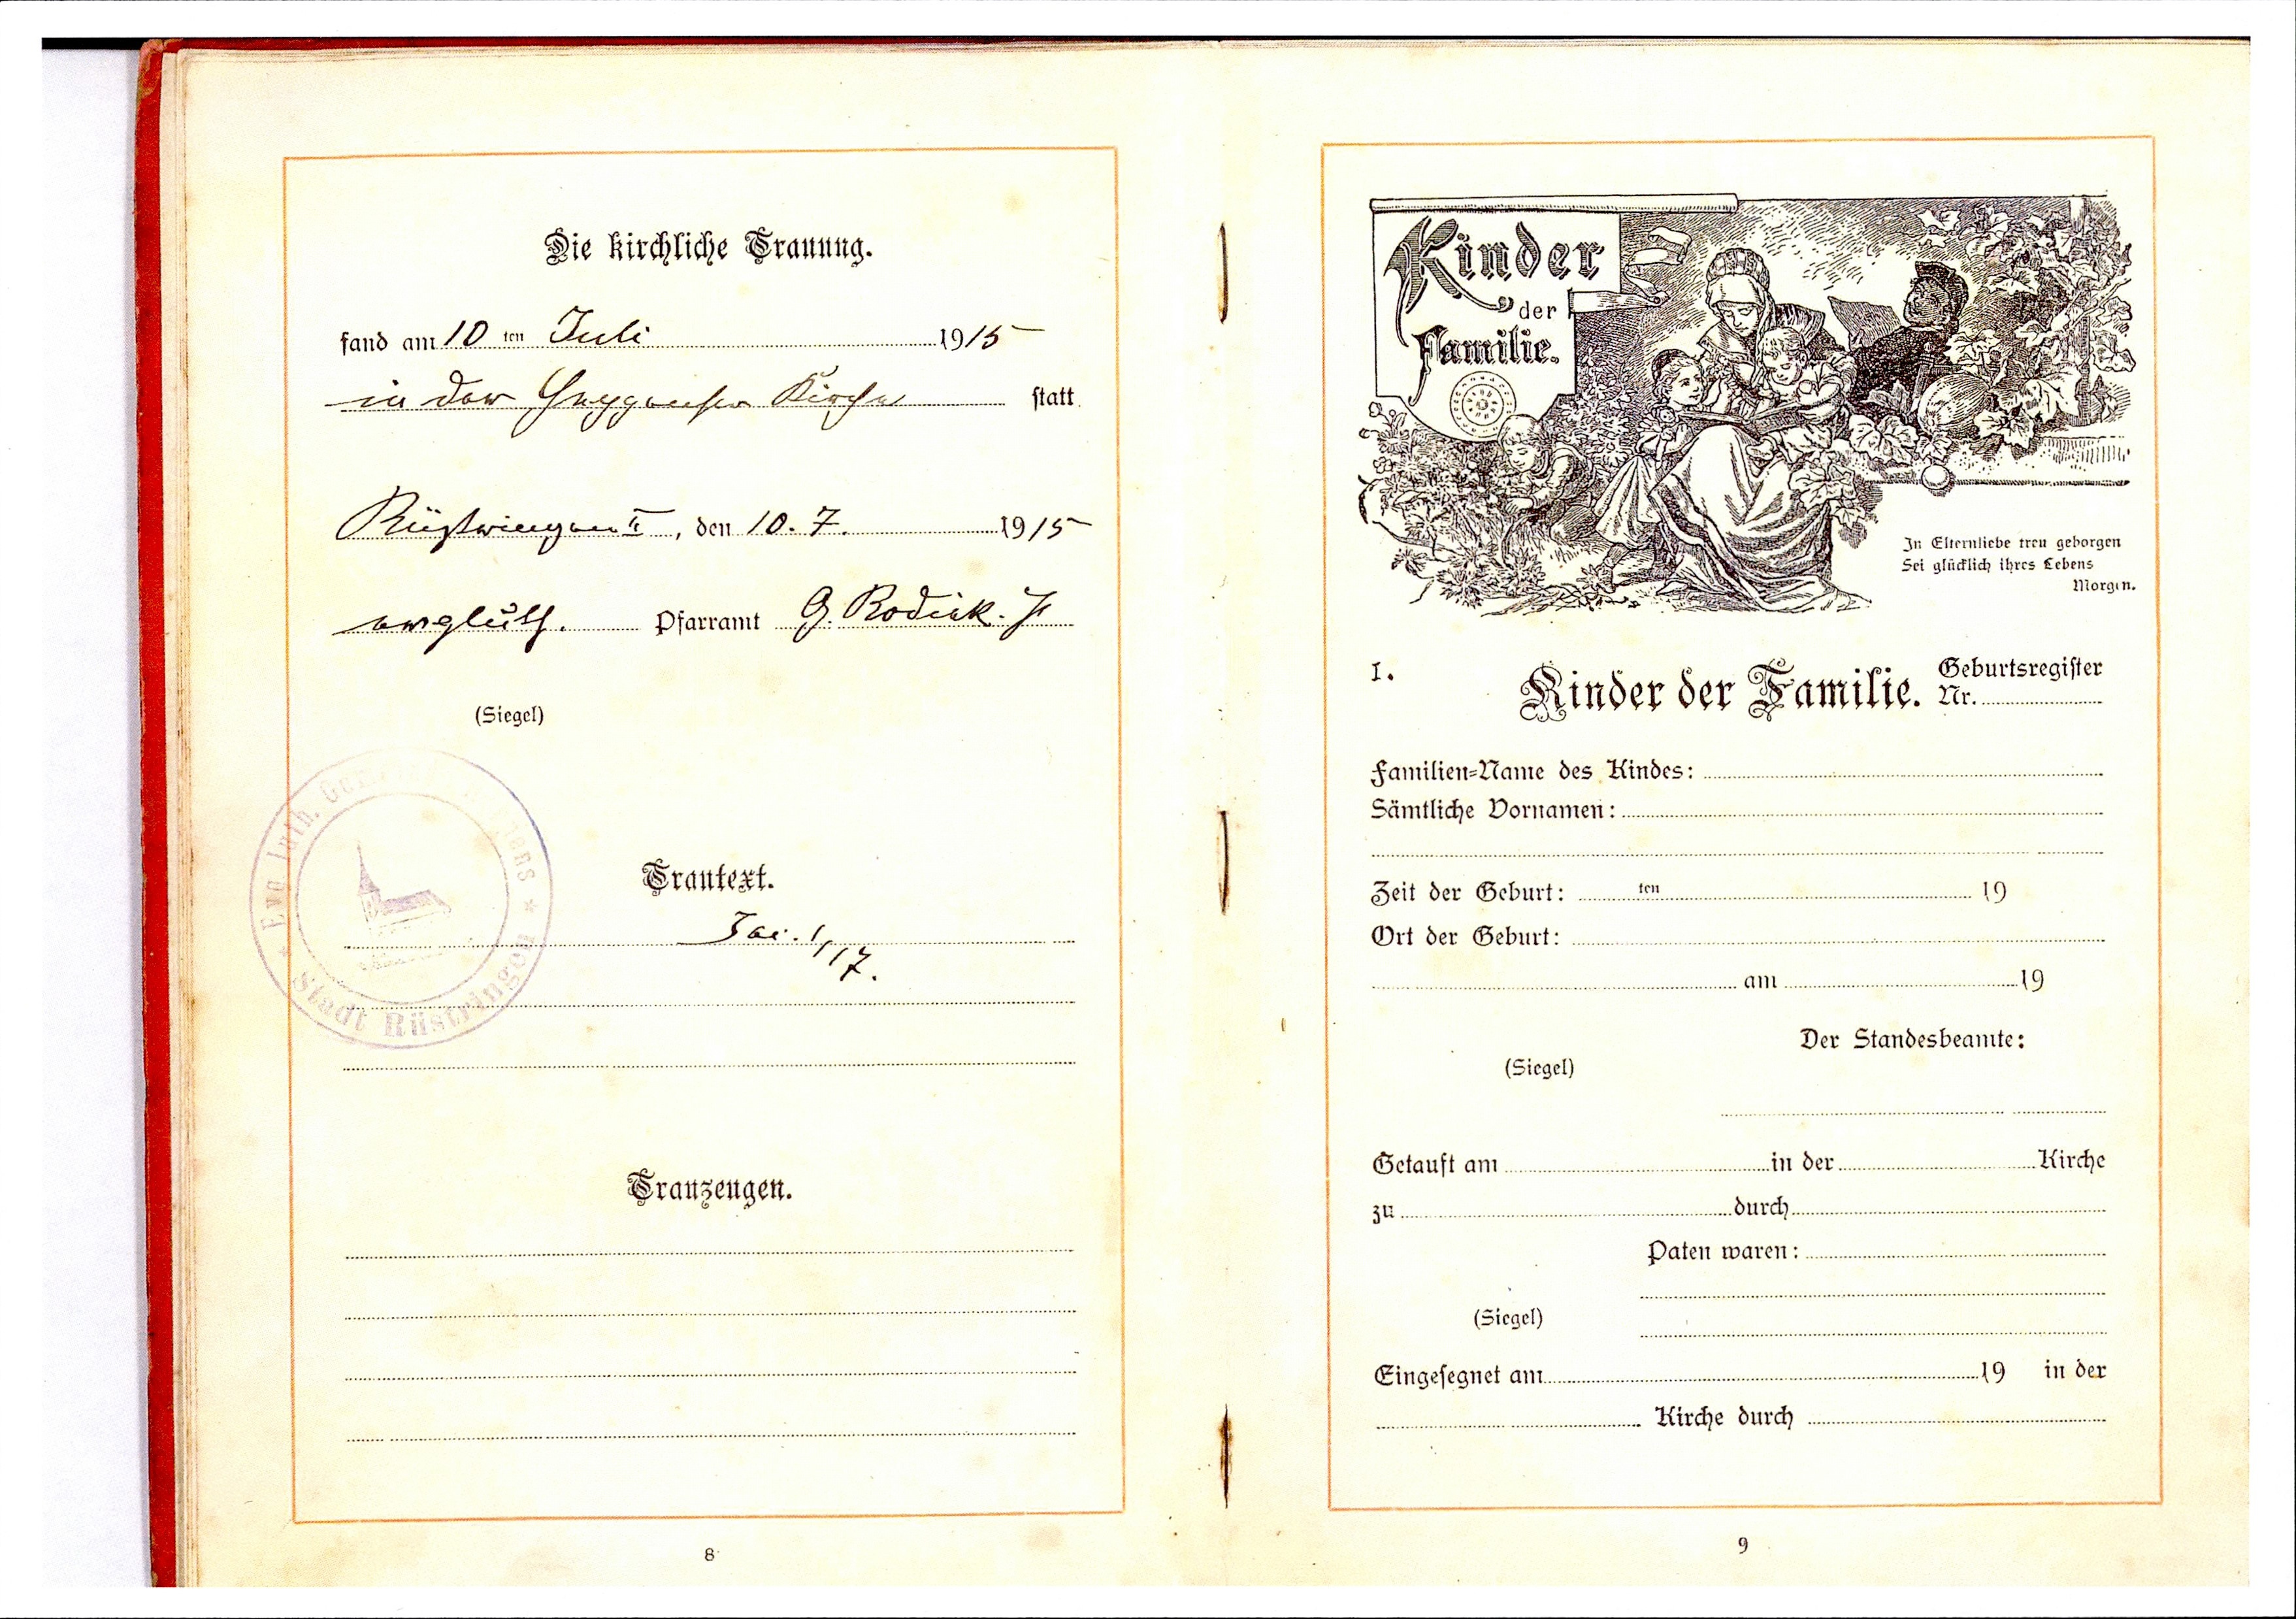
fand am 10 ten Juli 1915
in der Heppenser Kirche
Rüstringen II, den 10.7. 1915
evgluth. Pfarramt . G. Rodiek. J.